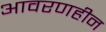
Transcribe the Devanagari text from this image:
आवरणहीन